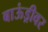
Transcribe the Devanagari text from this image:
बाऊंड्रीवर